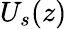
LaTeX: U_{s}(z)